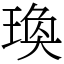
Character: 瑍